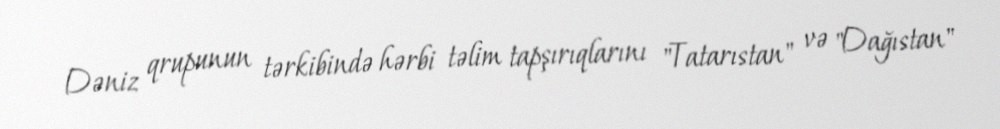
Dəniz qrupunun tərkibində hərbi təlim tapşırıqlarını "Tatarıstan" və "Dağıstan"